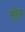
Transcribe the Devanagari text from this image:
लींन